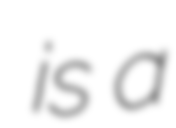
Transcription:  is a